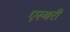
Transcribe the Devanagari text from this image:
एस्बरी